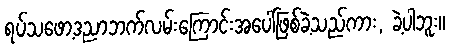
ရပ်သဖော့ဒညာဘက်လမ်းကြောင်းအပေါ်ဖြစ်ခဲ့သည်ကား, ခဲ့ပါဘူး။